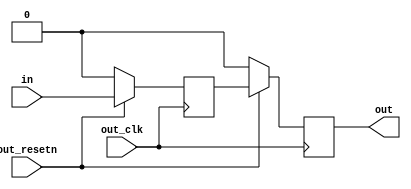
module sync_bits_2
(
	input [NUM_BITS-1:0] in,
	input out_resetn,
	input out_clk,
	output [NUM_BITS-1:0] out
);
parameter NUM_BITS = 1;
parameter CLK_ASYNC = 1;
reg [NUM_BITS-1:0] cdc_sync_stage1 = 'h0;
reg [NUM_BITS-1:0] cdc_sync_stage2 = 'h0;
always @(posedge out_clk)
begin
	if (out_resetn == 1'b0) begin
		cdc_sync_stage1 <= 'b0;
		cdc_sync_stage2 <= 'b0;
	end else begin
		cdc_sync_stage1 <= in;
		cdc_sync_stage2 <= cdc_sync_stage1;
	end
end
assign out = CLK_ASYNC ? cdc_sync_stage2 : in;
endmodule